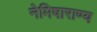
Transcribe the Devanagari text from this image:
नेमिषाराण्य